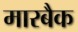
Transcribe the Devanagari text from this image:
मारबैक